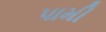
પામી